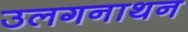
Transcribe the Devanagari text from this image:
उलगनाथन